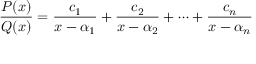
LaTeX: { \frac { P ( x ) } { Q ( x ) } } = { \frac { c _ { 1 } } { x - \alpha _ { 1 } } } + { \frac { c _ { 2 } } { x - \alpha _ { 2 } } } + \cdots + { \frac { c _ { n } } { x - \alpha _ { n } } }